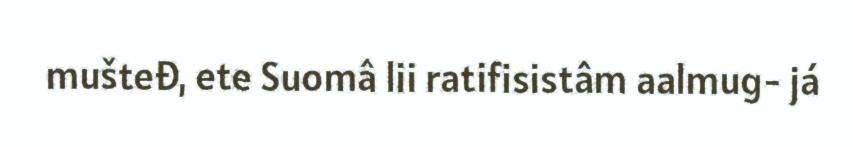
mušteđ, ete Suomâ lii ratifisistâm aalmug- já